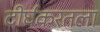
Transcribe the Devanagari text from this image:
दीर्घकरतला